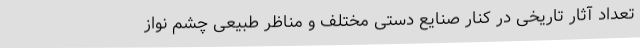
تعداد آثار تاریخی در کنار صنایع دستی مختلف و مناظر طبیعی چشم نواز